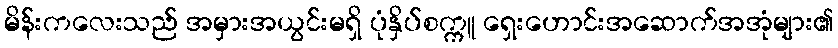
မိန်းကလေးသည် အမှားအယွင်းမရှိ ပုံနှိပ်စက္ကူ ရှေးဟောင်းအဆောက်အအုံများ၏